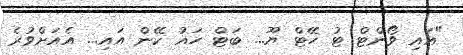
"އައި ވޯންޓް ޓު ހޭޓް ޔޫ... ބަޓް ހައު ކޭން އައި... އެއަށްވުރެ